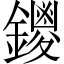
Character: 鑁